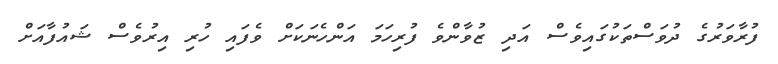
ފުރާވަރުގެ ދުވަސްތަކުގައިވެސް އަދި ޒުވާންވެ ފުރިހަމަ އަންހެނަކަށް ވެފައި ހުރި އިރުވެސް ޝައުފާއަށް